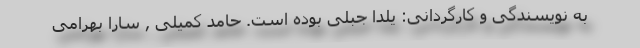
به نویسندگی و کارگردانی: یلدا جبلی بوده است. حامد کمیلی , سارا بهرامی